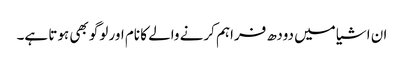
ان اشیا میں دودھ فراہم کرنے والے کا نام اور لوگو بھی ہوتا ہے۔